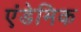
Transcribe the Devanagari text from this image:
एंडेमिक